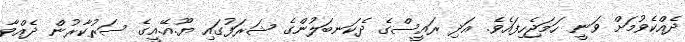
ދެއްކެވުމަށް ވަނީ ހަމަޖެހިފައެވެ. އަދި ރައީސްގެ ދެކަނބަލުންގެ ޝަރަފުގައި ޔޫ.އޭ.އީގެ ސަރުކާރުން ދެއްވާ